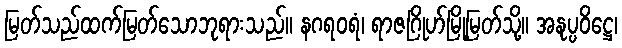
မြတ်သည်ထက်မြတ်သောဘုရားသည်။ နဂရဝရံ၊ ရာဇဂြိုဟ်မြို့မြတ်သို့။ အနုပ္ပဝိဋ္ဌေ၊